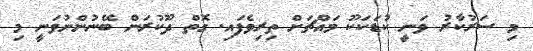
މި ސަރުކާރު ވަނީ ކުޑަކަކޫ މައްޗަށް ތިރިވެފައި. ގޮތް ދޫކުރަން ބޭނުންނުވަނީ މި